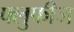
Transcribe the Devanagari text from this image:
फ्लुफीज